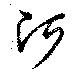
阿